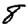
Digit: 8